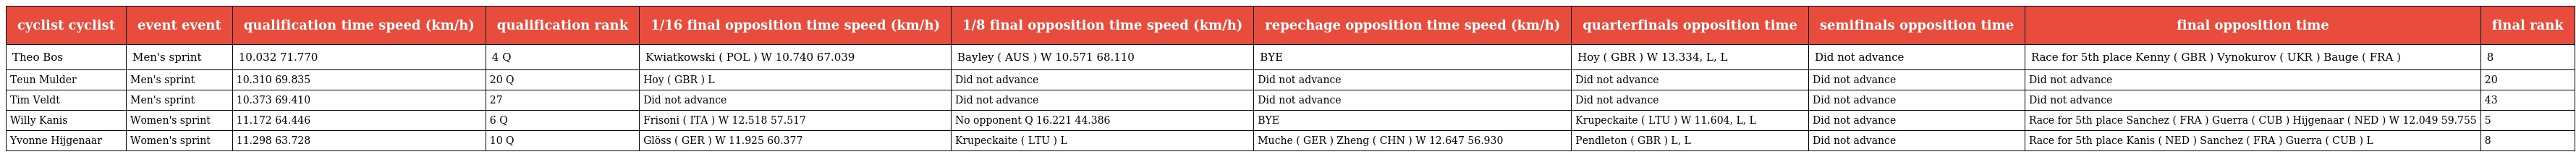
| cyclist cyclist | event event | qualification time speed (km/h) | qualification rank | 1/16 final opposition time speed (km/h) | 1/8 final opposition time speed (km/h) | repechage opposition time speed (km/h) | quarterfinals opposition time | semifinals opposition time | final opposition time | final rank |
 | --- | --- | --- | --- | --- | --- | --- | --- | --- | --- | --- |
 | Theo Bos | Men's sprint | 10.032 71.770 | 4 Q | Kwiatkowski ( POL ) W 10.740 67.039 | Bayley ( AUS ) W 10.571 68.110 | BYE | Hoy ( GBR ) W 13.334, L, L | Did not advance | Race for 5th place Kenny ( GBR ) Vynokurov ( UKR ) Bauge ( FRA ) | 8 |
 | Teun Mulder | Men's sprint | 10.310 69.835 | 20 Q | Hoy ( GBR ) L | Did not advance | Did not advance | Did not advance | Did not advance | Did not advance | 20 |
 | Tim Veldt | Men's sprint | 10.373 69.410 | 27 | Did not advance | Did not advance | Did not advance | Did not advance | Did not advance | Did not advance | 43 |
 | Willy Kanis | Women's sprint | 11.172 64.446 | 6 Q | Frisoni ( ITA ) W 12.518 57.517 | No opponent Q 16.221 44.386 | BYE | Krupeckaite ( LTU ) W 11.604, L, L | Did not advance | Race for 5th place Sanchez ( FRA ) Guerra ( CUB ) Hijgenaar ( NED ) W 12.049 59.755 | 5 |
 | Yvonne Hijgenaar | Women's sprint | 11.298 63.728 | 10 Q | Glöss ( GER ) W 11.925 60.377 | Krupeckaite ( LTU ) L | Muche ( GER ) Zheng ( CHN ) W 12.647 56.930 | Pendleton ( GBR ) L, L | Did not advance | Race for 5th place Kanis ( NED ) Sanchez ( FRA ) Guerra ( CUB ) L | 8 |